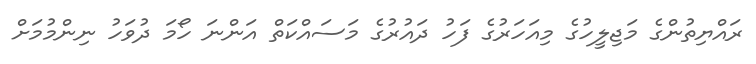
ރައްޔިތުންގެ މަޖިލީހުގެ މިއަހަރުގެ ފަހު ދައުރުގެ މަސައްކަތް އަންނަ ހޯމަ ދުވަހު ނިންމުމަށް